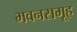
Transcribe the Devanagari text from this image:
भवनसमूह